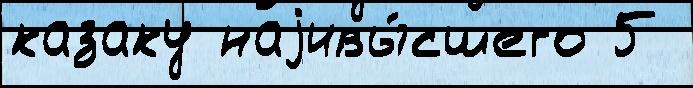
казаку наjивы́сшего 5